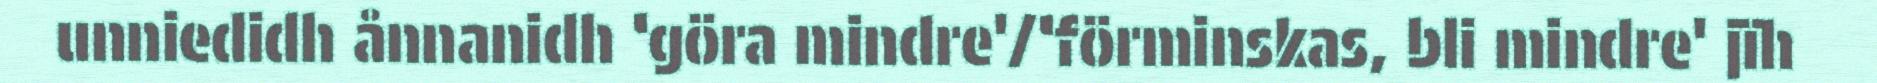
unniedidh ånnanidh ‘göra mindre'/‘förminskas, bli mindre' jïh